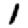
Digit: 1